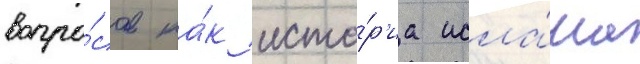
вопро́сов ка́к исто́р'иа исла́ма